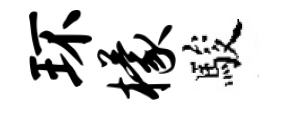
环檬駿